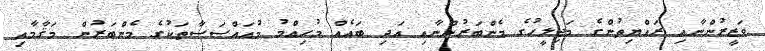
ވަޒީރުންނާއި ރައްޔިތުންގެ މަޖިލީހުގެ މެންބަރުންނާއި އަދި ބައެއް މުހިއްމު މުއައްސަސާތަކުގެ މެންބަރުން މަޤާމާއި